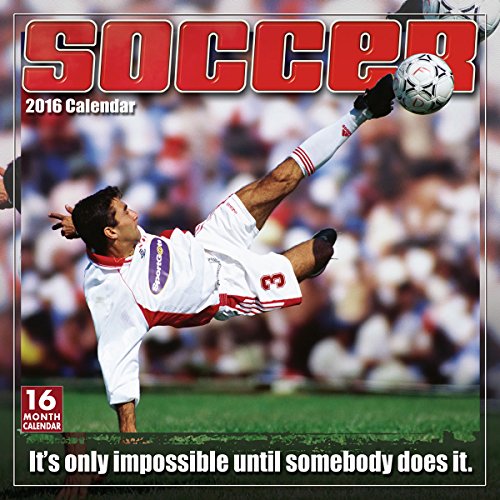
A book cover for Soccer: The Original Extreme Sport 2016 Wall Calendar; bCreative; Calendars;